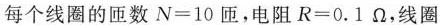
每个线圈的匝数$$N=10$$匝，电阻$$R=0.1\Omega $$，线圈